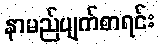
နာမည်ပျက်စာရင်း